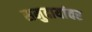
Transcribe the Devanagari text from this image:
समुदायांवर